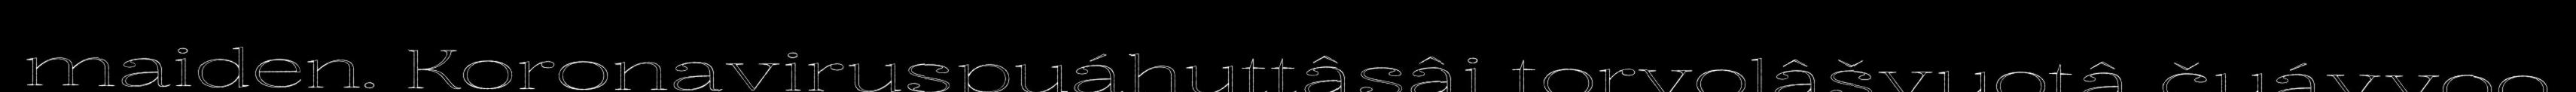
maiden. Koronaviruspuáhuttâsâi torvolâšvuotâ čuávvoo